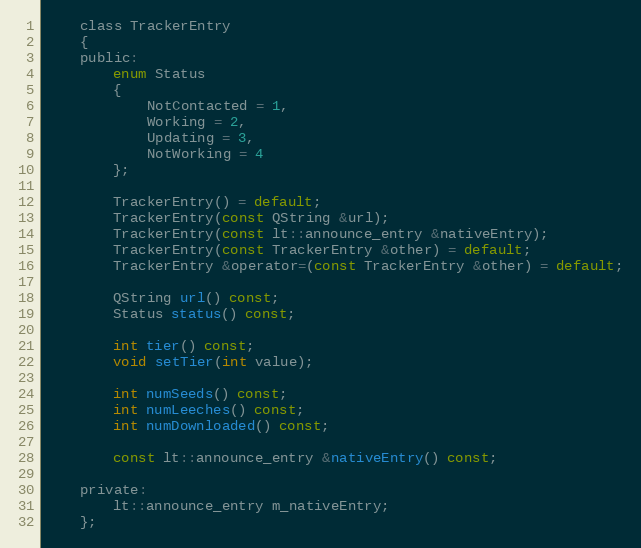
Language: C
    class TrackerEntry
    {
    public:
        enum Status
        {
            NotContacted = 1,
            Working = 2,
            Updating = 3,
            NotWorking = 4
        };

        TrackerEntry() = default;
        TrackerEntry(const QString &url);
        TrackerEntry(const lt::announce_entry &nativeEntry);
        TrackerEntry(const TrackerEntry &other) = default;
        TrackerEntry &operator=(const TrackerEntry &other) = default;

        QString url() const;
        Status status() const;

        int tier() const;
        void setTier(int value);

        int numSeeds() const;
        int numLeeches() const;
        int numDownloaded() const;

        const lt::announce_entry &nativeEntry() const;

    private:
        lt::announce_entry m_nativeEntry;
    };